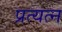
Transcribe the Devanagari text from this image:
प्रत्यत्न